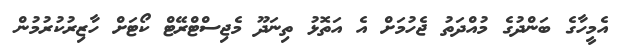
އެމީހާގެ ބަންދުގެ މުއްދަތު ޖެހުމަށް އެ އަތޮޅު ތިނަދޫ މެޖިސްޓްރޭޓް ކޯޓަށް ހާޒިރުކުރުމުން